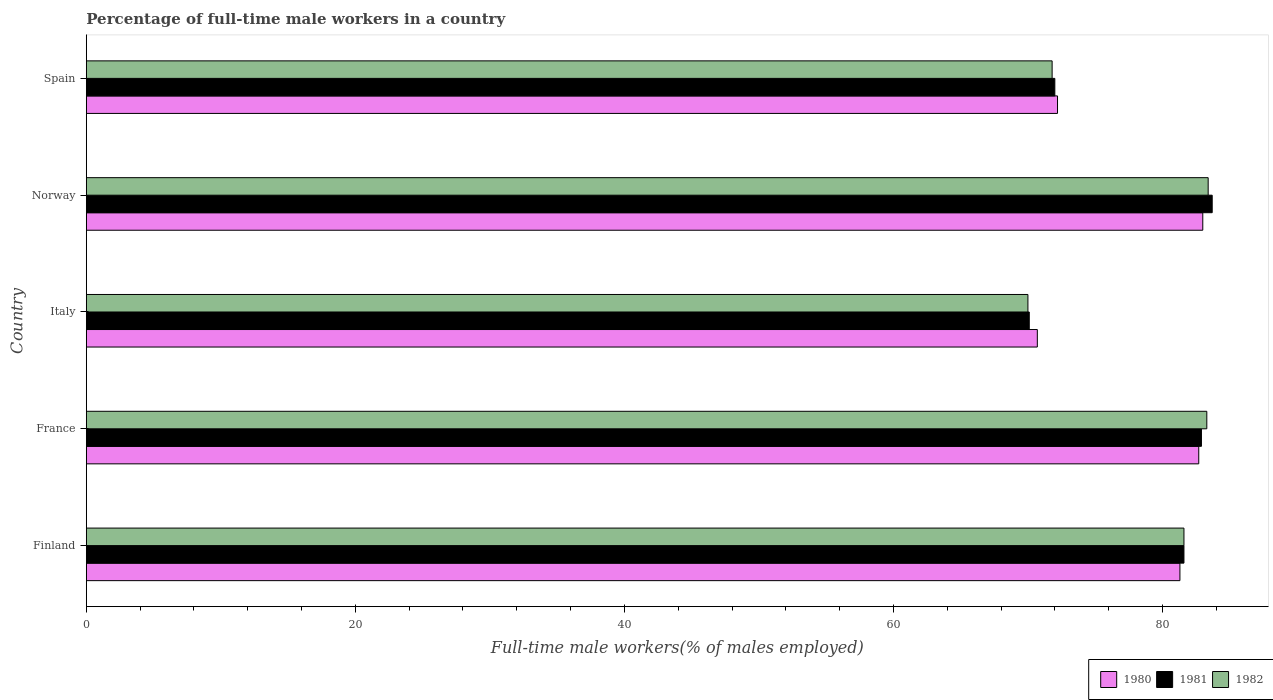
| Country | 1980 | 1981 | 1982 |
 | --- | --- | --- | --- |
 | Finland | 81.3 | 81.6 | 81.6 |
 | France | 82.7 | 82.9 | 83.3 |
 | Italy | 70.7 | 70.1 | 70 |
 | Norway | 83 | 83.7 | 83.4 |
 | Spain | 72.2 | 72 | 71.8 |